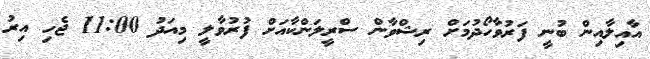
އާއިލާއިން ބުނީ ފަރުވާހޯދުމަށް ރިޝްވާން ސްރީލަންކާއަށް ފުރުވާލީ މިއަދު 11:00 ޖެހި އިރު